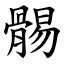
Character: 䯜